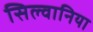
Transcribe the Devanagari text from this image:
सिल्वानिया